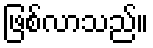
ဖြစ်လာသည်။